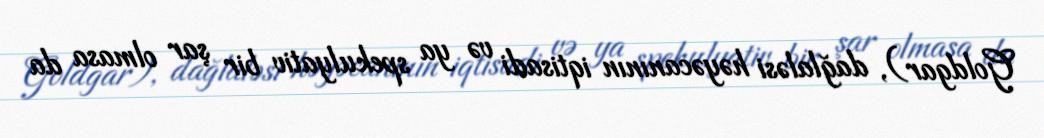
Goldgar), dağlaləsi həyəcanının iqtisadi və ya spekulyativ bir şar olmasa da